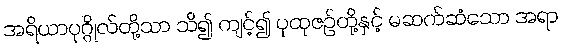
အရိယာပုဂ္ဂိုလ်တို့သာ သိ၍ ကျင့်၍ ပုထုဇဉ်တို့နှင့် မဆက်ဆံသော အရာ